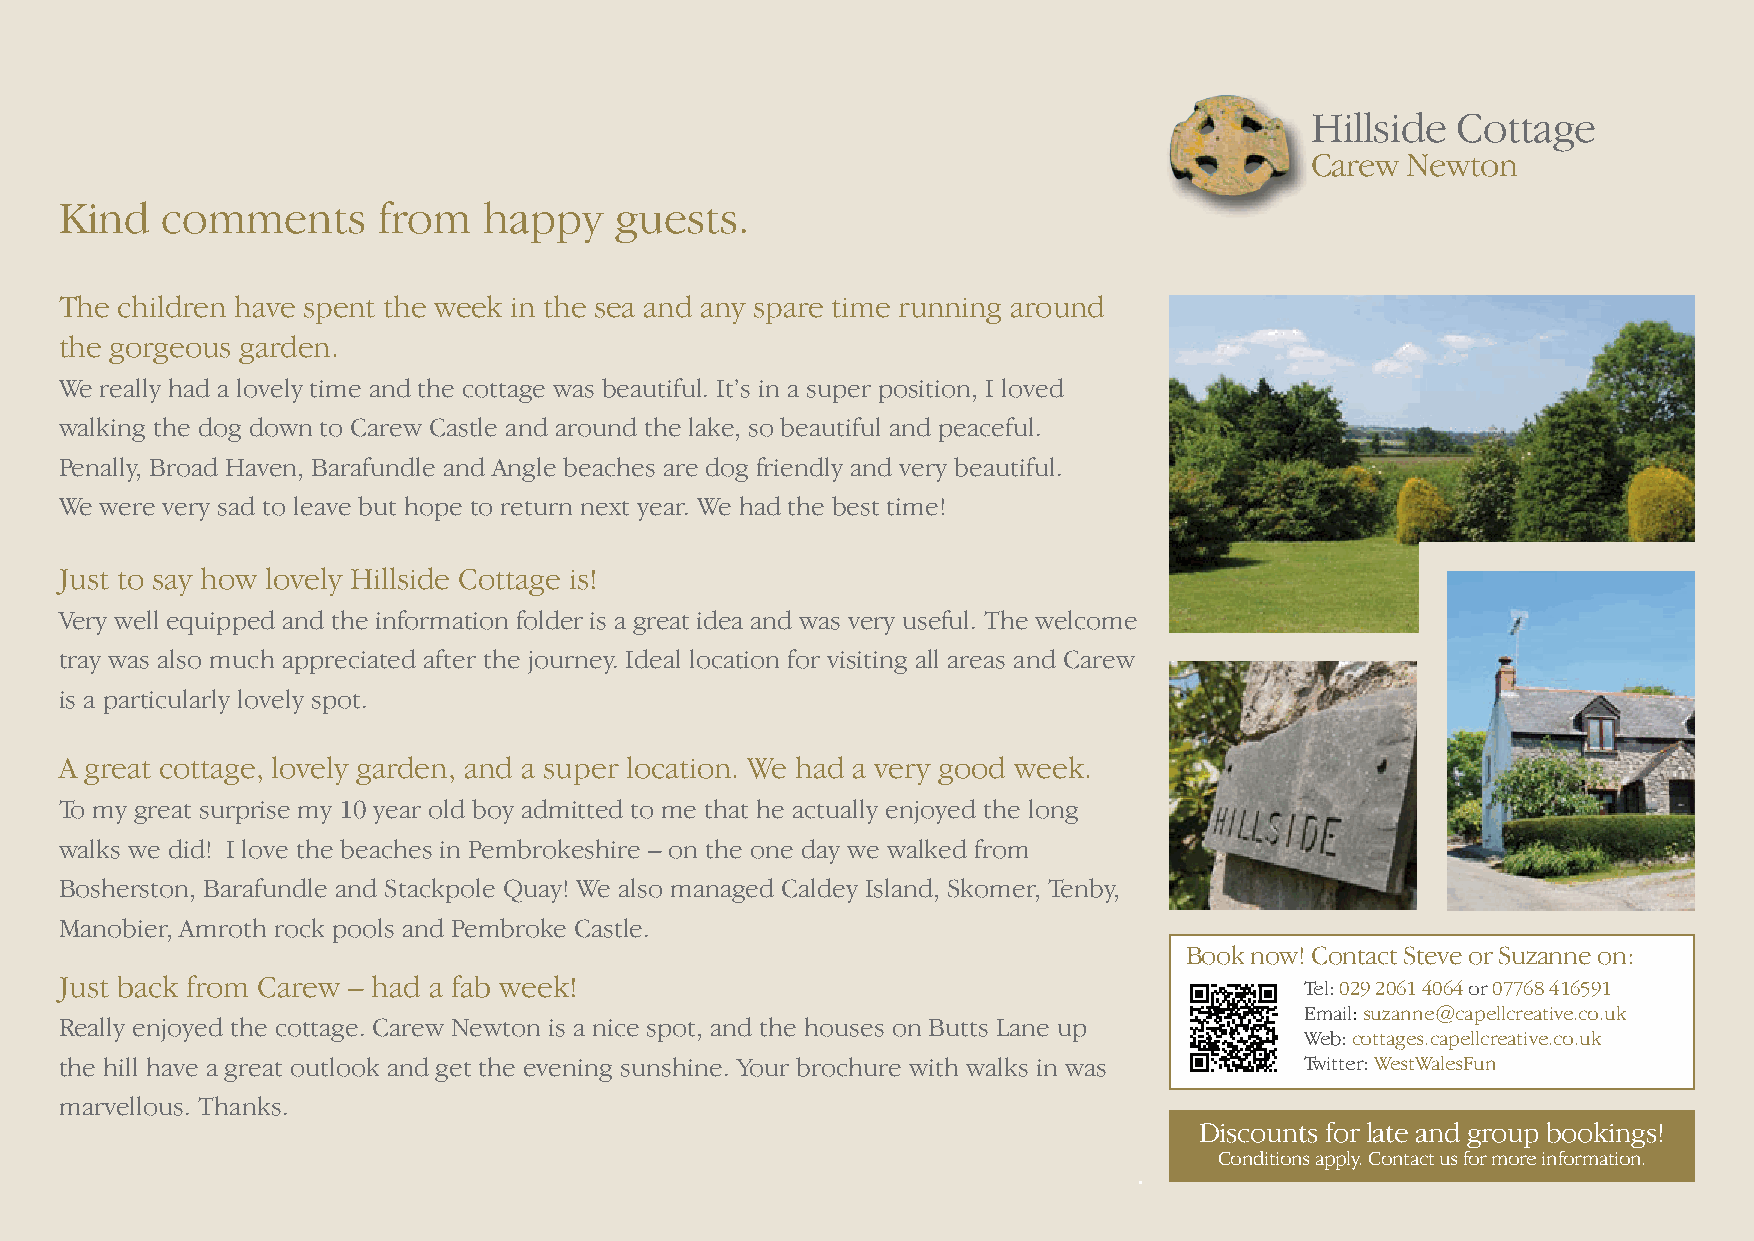
Hillside Cottage
 Carew Newton
 Kind   comments      from   happy    guests.
 The children have spent the week in the sea and any spare time running around
 the gorgeous garden.
 We really had a lovely time and the cottage was beautiful. It’s in a super position, I loved
 walking the dog down to Carew Castle and around the lake, so beautiful and peaceful.
 Penally, Broad Haven, Barafundle and Angle beaches are dog friendly and very beautiful.
 We were very sad to leave but hope to return next year. We had the best time!
 Just to say how lovely Hillside Cottage is!
 Very well equipped and the information folder is a great idea and was very useful. The welcome
 tray was also much appreciated after the journey. Ideal location for visiting all areas and Carew
 is a particularly lovely spot.
 A great cottage, lovely garden, and a super location. We had a very good week.
 To my great surprise my 10 year old boy admitted to me that he actually enjoyed the long
 walks we did! I love the beaches in Pembrokeshire – on the one day we walked from
 Bosherston, Barafundle and Stackpole Quay! We also managed Caldey Island, Skomer, Tenby,
 Manobier, Amroth rock pools and Pembroke Castle.
 Book now! Contact Steve or Suzanne on:
 Just back from Carew – had a fab week!
 Tel:029 2061 4064or07768 416591
 Email:suzanne@capellcreative.co.uk
 Really enjoyed the cottage. Carew Newton is a nice spot, and the houses on Butts Lane up
 Web: cottages.capellcreative.co.uk
 the hill have a great outlook and get the evening sunshine. Your brochure with walks in was Twitter: WestWalesFun
 marvellous. Thanks.
 Discounts for late and group bookings!
 Conditions apply. Contact us for more information.